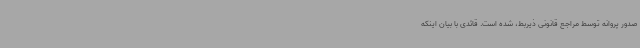
صدور پروانه توسط مراجع قانونی ذیربط، شده است. قائدی با بیان اینکه